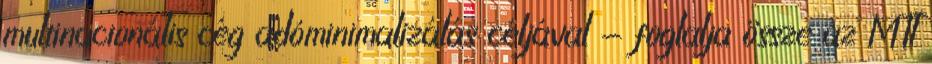
multinacionális cég adóminimalizálás céljával - foglalja össze az MTI